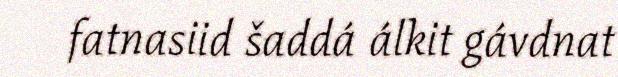
fatnasiid šaddá álkit gávdnat